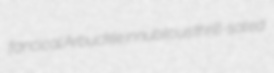
fancical Arbuckle innubilous thrill-sated